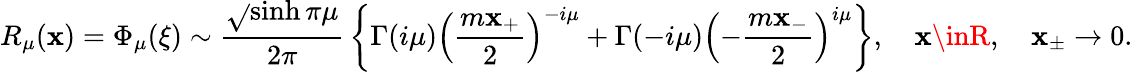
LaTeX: R_{\mu}(\mathbf{x})=\Phi_{\mu}(\xi)\sim\frac{{\sqrt{}{{\sinh\pi\mu}}}}{{2\pi}}\, \left\{ \Gamma(i\mu)\left(\frac{{m\mathbf{x}_{+}}}{2}\right)^{-i\mu}+\Gamma(-i\mu)\left(-\frac{{m\mathbf{x}_{-}}}{2}\right)^{i\mu}\right\} ,\quad\mathbf{x}\inR,\quad\mathbf{x}_{\pm}\to0.